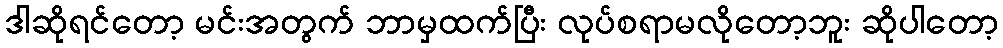
ဒါဆိုရင်တော့ မင်းအတွက် ဘာမှထက်ပြီး လုပ်စရာမလိုတော့ဘူး ဆိုပါတော့